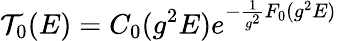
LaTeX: {\cal T}_{0}(E)=C_{0}(g^{2}E)e^{-\frac{1}{g^{2}}F_{0}(g^{2}E)}